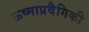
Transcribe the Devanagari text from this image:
ऊष्माप्रवैगिकी